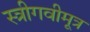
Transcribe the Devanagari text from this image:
स्त्रीगवीमूत्र